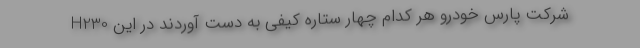
H230 شرکت پارس خودرو هر کدام چهار ستاره کیفی به دست آوردند در این